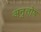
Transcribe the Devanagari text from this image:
अनुुतोष